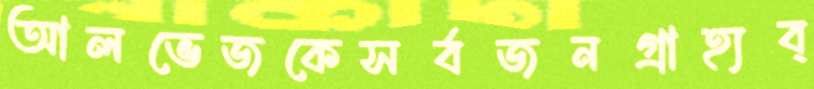
আলভেজকেসর্বজনগ্রাহ্যব্